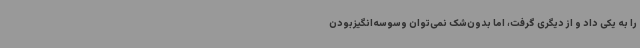
را به یکی داد و از دیگری گرفت، اما بدون‌شک نمی‌توان وسوسه‌انگیزبودن